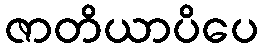
ဇာတိယာပိပေ